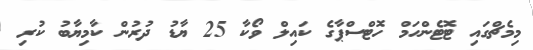
މިމެޗްގައި ޓޮޓެންހަމް ހޮޓްސްޕާގެ ކައިލް ވޯކާ 25 ޔާޑު ދުރުން ކާމިޔާބު ކުރި